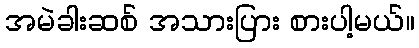
အမဲခါးဆစ် အသားပြား စားပါ့မယ်။